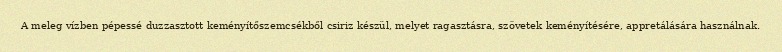
A meleg vízben pépessé duzzasztott keményítőszemcsékből csiriz készül, melyet ragasztásra, szövetek keményítésére, appretálására használnak.